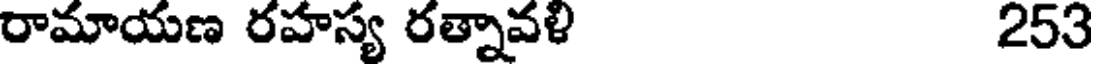
రామాయణ రహస్య రత్నావళి 253